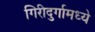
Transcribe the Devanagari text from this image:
गिरीदुर्गामध्ये